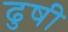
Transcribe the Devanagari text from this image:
ढुषी